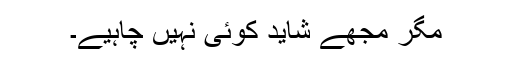
مگر مجھے شاید کوئی نہیں چاہیے۔